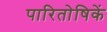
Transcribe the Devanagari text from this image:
पारितोषिकें